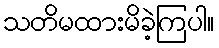
သတိမထားမိခဲ့ကြပါ။